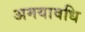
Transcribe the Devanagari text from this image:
अमयावधि